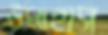
উপাহাস